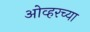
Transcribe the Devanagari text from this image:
ओव्हरच्या